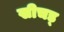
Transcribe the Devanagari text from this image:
खीचड्